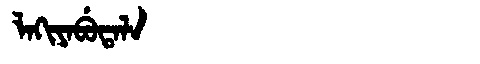
Manchu: ᠯᠠᡴᡳᠶᠠᠪᡠᡨᠠᠯᠠ
Romanization: LAKIYABUTALA